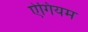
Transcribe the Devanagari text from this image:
ऐगियम